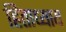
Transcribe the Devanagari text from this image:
हिताध्याय